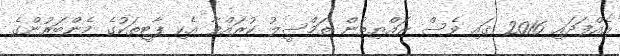
އެއްފަދައި 2016 ގައި ވެސް ރައްޔިތުން ތަމްސީލު ކުރައްވާ އެކި ޕާޓީތަކުގެ މެންބަރުންގެ